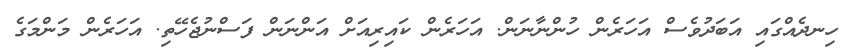
ހިނދެއްގައި އަބަދުވެސް އަހަރެން ހުންނާނަން. އަހަރެން ކައިރިއަށް އަންނަން ފަސްނުޖެހޭތި. އަހަރެން މަންމަގެ